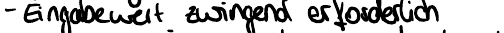
- Eingabewert zwingend erforderlich